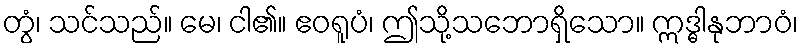
တွံ၊ သင်သည်။ မေ၊ ငါ၏။ ဧဝရူပံ၊ ဤသို့သဘောရှိသော။ ဣဒ္ဓါနုဘာဝံ၊